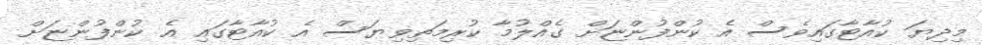
މިދިޔަ ކުއާޓާގައިވެސް އެ ކުންފުންޏަށް ގެއްލުމާ ކުރިމަތިވިޔަސް އެ ކުއާޓާގައި އެ ކުންފުންޏަށް